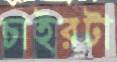
চাইরটা